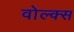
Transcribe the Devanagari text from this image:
वोल्क्स